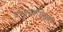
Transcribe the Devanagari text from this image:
प्रभुत्वाधिकार